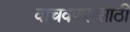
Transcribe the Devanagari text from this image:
वाचवण्‍यासाठी